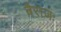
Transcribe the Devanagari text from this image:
बैराजः